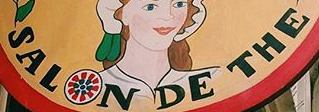
SALON DE THE